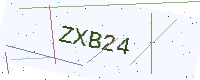
Text: ZXB24